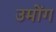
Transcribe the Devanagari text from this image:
उमोंग